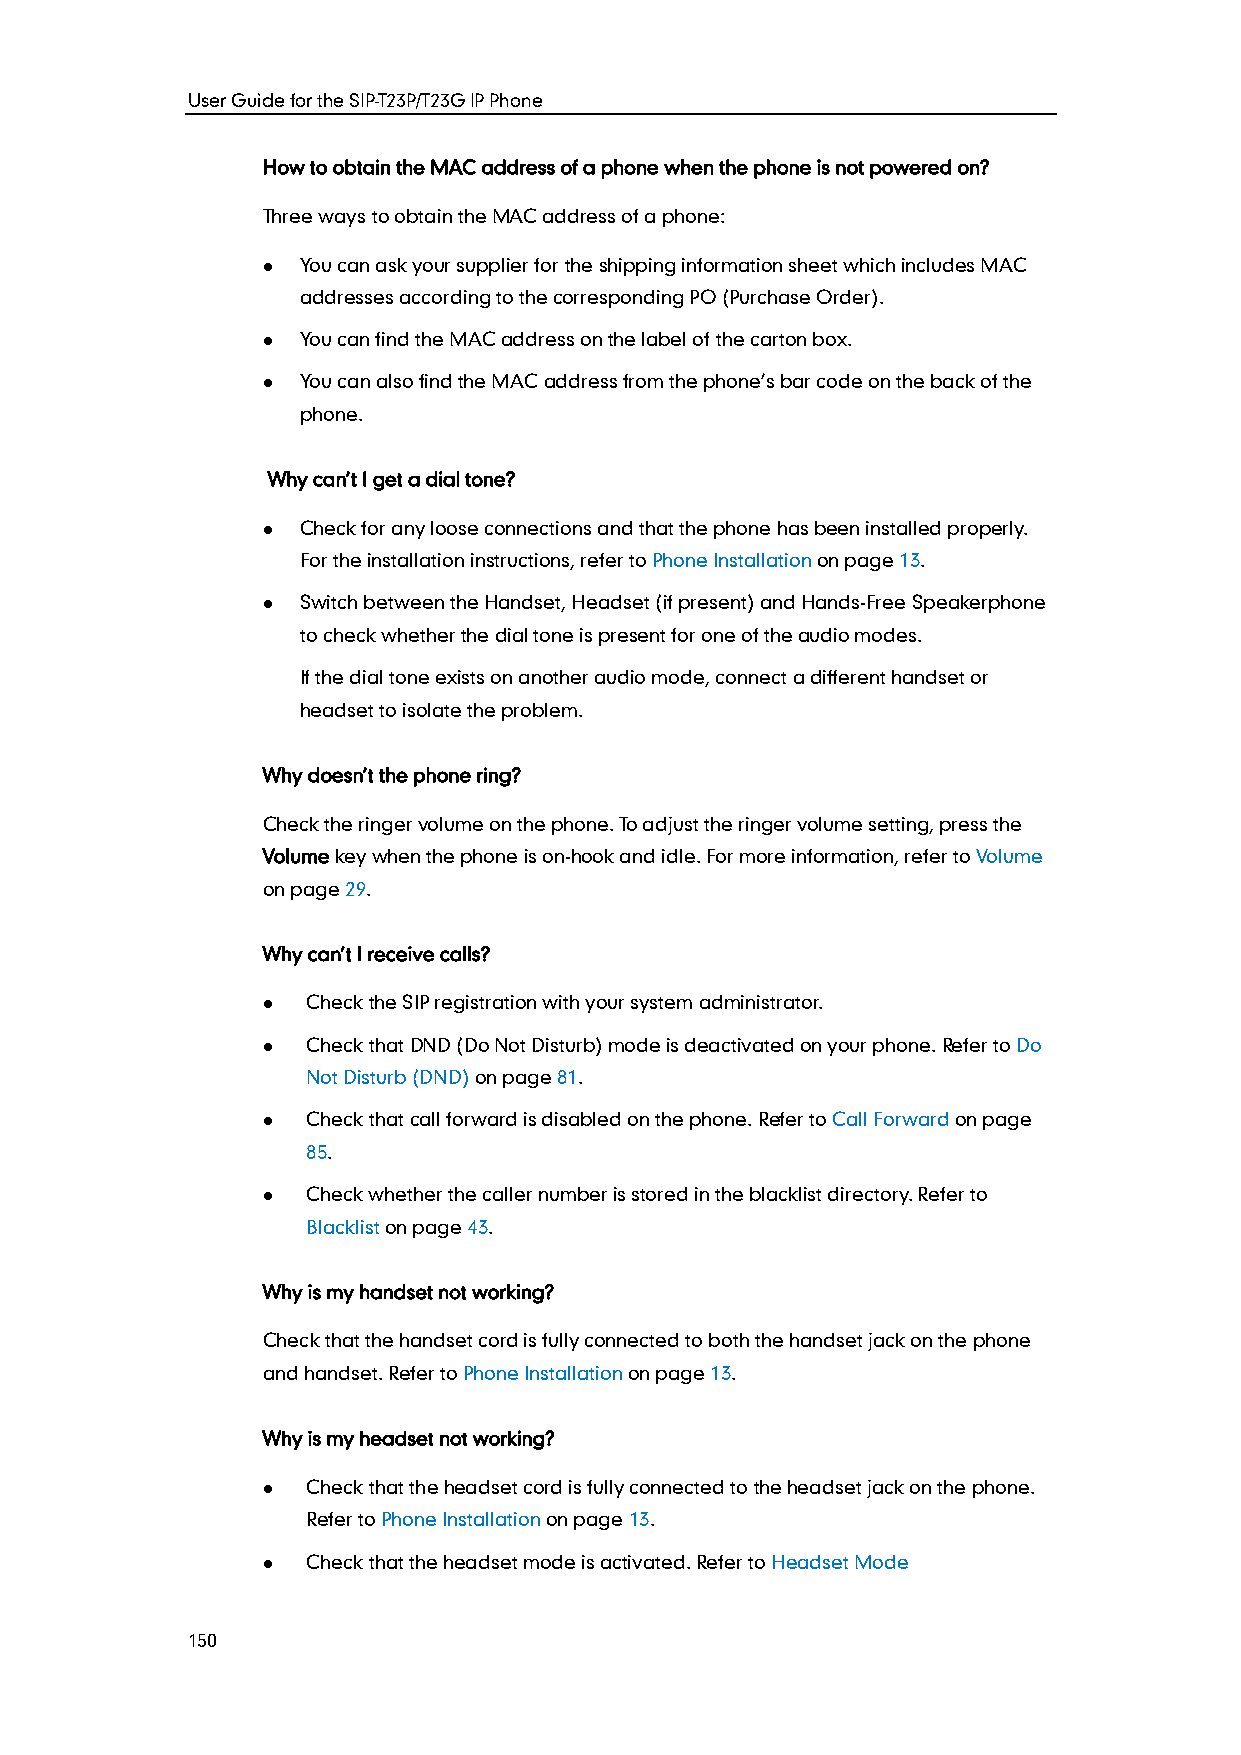
User Guide for the SIP-T23P/T23G IP Phone
 How to obtain the MAC address of a phone when the phone is not powered on?
 Three ways to obtain the MAC address of a phone:
   You can ask your supplier for the shipping information sheet which includes MAC
 addresses according to the corresponding PO (Purchase Order).
   You can find the MAC address on the label of the carton box.
   You can also find the MAC address from the phone’s bar code on the back of the
 phone.
 Why can’t I get a dial tone?
   Check for any loose connections and that the phone has been installed properly.
 For the installation instructions, refer to Phone Installation on page 13.
   Switch between the Handset, Headset (if present) and Hands-Free Speakerphone
 to check whether the dial tone is present for one of the audio modes.
 If the dial tone exists on another audio mode, connect a different handset or
 headset to isolate the problem.
 Why doesn’t the phone ring?
 Check the ringer volume on the phone. To adjust the ringer volume setting, press the
 Volume key when the phone is on-hook and idle. For more information, refer to Volume
 on page 29.
 Why can’t I receive calls?
   Check the SIP registration with your system administrator.
   Check that DND (Do Not Disturb) mode is deactivated on your phone. Refer to Do
 Not Disturb (DND) on page 81.
   Check that call forward is disabled on the phone. Refer to Call Forward on page
 85.
   Check whether the caller number is stored in the blacklist directory. Refer to
 Blacklist on page 43.
 Why is my handset not working?
 Check that the handset cord is fully connected to both the handset jack on the phone
 and handset. Refer to Phone Installation on page 13.
 Why is my headset not working?
   Check that the headset cord is fully connected to the headset jack on the phone.
 Refer to Phone Installation on page 13.
   Check that the headset mode is activated. Refer to Headset Mode
 150